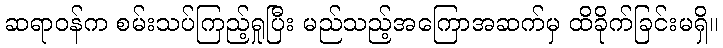
ဆရာဝန်က စမ်းသပ်ကြည့်ရှုပြီး မည်သည့်အကြောအဆက်မှ ထိခိုက်ခြင်းမရှိ။